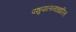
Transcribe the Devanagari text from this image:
पशुपालनाधारित